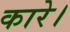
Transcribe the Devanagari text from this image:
कारे।